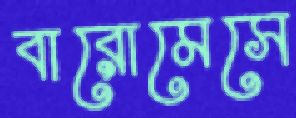
বারোমেসে